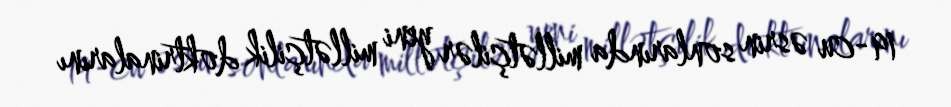
19-cu əsrin sonlarında millətçilər yeni millətçilik doktrinalarını